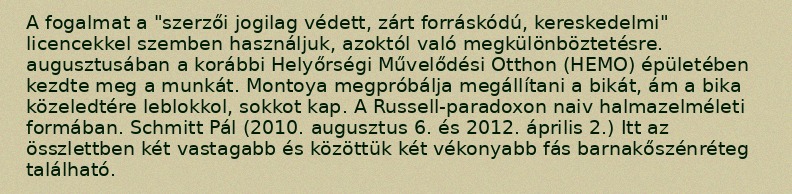
A fogalmat a "szerzői jogilag védett, zárt forráskódú, kereskedelmi" licencekkel szemben használjuk, azoktól való megkülönböztetésre. augusztusában a korábbi Helyőrségi Művelődési Otthon (HEMO) épületében kezdte meg a munkát. Montoya megpróbálja megállítani a bikát, ám a bika közeledtére leblokkol, sokkot kap. A Russell-paradoxon naiv halmazelméleti formában. Schmitt Pál (2010. augusztus 6. és 2012. április 2.) Itt az összlettben két vastagabb és közöttük két vékonyabb fás barnakőszénréteg található.